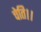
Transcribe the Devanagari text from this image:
चेति।।